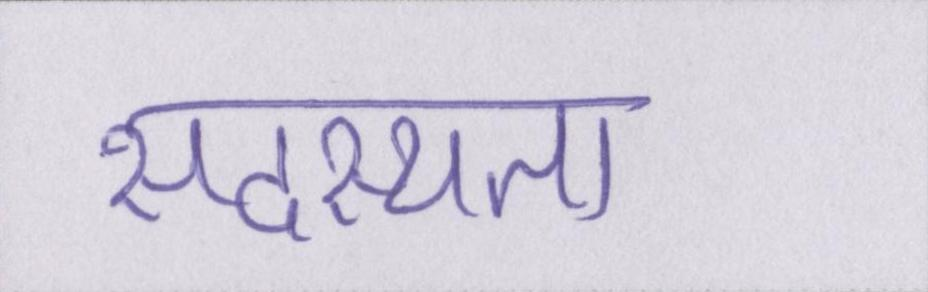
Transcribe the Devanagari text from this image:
सदस्यता